Supplement to the account of plague administration in the Bombay Presidency from September 1896 till May 1897
Year: 1896
Disease focus: Plague
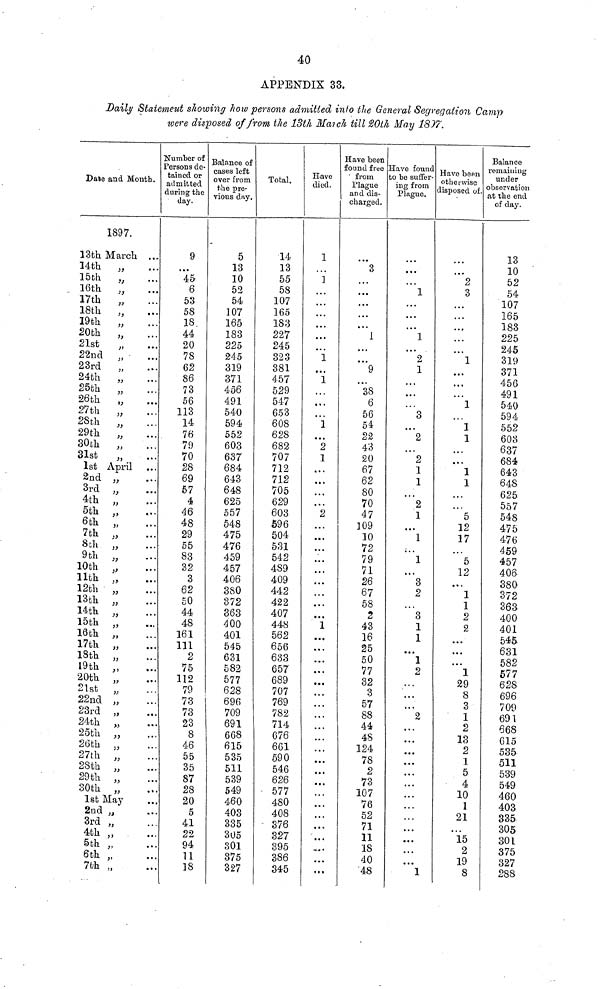
40
APPENDIX 33.
Daily Statement showing how persons admitted into the General Segregation Camp
were disposed of from the 13th March till 20th May 1807.
Dale and Month.
1897.
13th March
14th
„
15th
„
16th
„
17th
„
18th
„
19th
„
20th
,,
21st
„
22nd „
23rd
„
24th
„
25th
„
26th
„
27th
„
28th
,,
29th
„
30th
„
31st
,,
1st April
2nd ,,
3rd ,,
4th „
5th ,,
6th „
7th „
8th ,,
9th „
10th ,,
11th ,,
12th „
13th „
14th „
15th ,,
16th „
17th ,,
18th „
19th „
20th „
21st
„
22nd „
23rd „
24th „
25th ,,
26th „
27th „
28th „
29th „
30th ,,
1st May
2nd „
3rd „
4th „
5th „
6th „
7th „
...
...
• • •
...
• • •
• • •
• • •
...
...
...
...
...
...
...
• • •
• • •
...
...
• • •
...
• • •
...
...
...
...
...
• • •
...
...
...
• • •
• • •
...
• • •
• • •
...
...
Number of
Persons de-
tained or
admitted
daring the
day.
9
• • •
45
6
53
58
18.
44
20
78
62
86
73
56
113
14
76
79
70
28
69
57
4
46
48
29
55
83
32
3
62
50
44
48
161
111
2
75
112
79
73
73
23
8
46
55
35
87
28
20
5
41
22
94
11
18
Balance of
cases left
over from
the pre-
vious day.
5
13
10
52
54
107
165
183
225
245
319
371
456
491
540
594
552
603
637
684
643
648
625
557
548
475
476
459
457
406
380
372
363
400
401
545
631
582
577
628
696
709
691
668
615
535
511
539
549
460
403
335
305
301
875
327
Total.
14
13
55
58
107
165
183
227
245
323
381
457
529
547
653
608
628
682
707
712
712
705
629
603
596
504
531
542
489
409
442
422
407
448
562
656
633
657
689
707
769
782
714
676
661
590
546
626
577
480
408
376
327
395
386
345
H-ave
died.
1
...
1
...
...
...
...
...
...
i
...
1
...
...
...
1
• • •
2
1
...
...
...
...
2
...
• • •
...
...
...
...
...
• • •
1
...
...
...
• • •
...
...
...
...
• • •
• • •
...
...
...
...
...
...
• • •
...
• • •
Have bean
found free
' from
Plague
and dis-
charged.
3
...
...
...
...
,,.
1
...
9
38
6
56
54
22
43
20
67
62
80
70
47
109
10
72
79
71
26
67
58
2
43
16
25
50
77
32
3
57
88
44
48
124
78
2
73
107
76
52
71
11
18
40
48
Have found
to be suffer-
ing from
Plague.
...
.. .
1
...
...
...
1
...
2
1
...
3
...
2
• • •
2
1
1
...
2
1
...
1
...
1
...
3
2
3
1
1
• • •
1
2
2
...
• • •
1
Have been
otherwise
disposed of.
...
2
3
...
• • •
...
...
l
l
l
1
...
1
1
...
• • •
5
12
17
5
12
1
1
2
2
...
l
29
8
3
1
2
13
2
1
5
4
10
1
21
15
2
19
8
Balance
remaining
under
observation
at the end
of day.
13
10
52
54
107
165
183
225
245
319
371
456
491
540
594
552
603
637
684
643
648
625
557
548
475
476
459
457
406
380
372
363
400
401
545
631
582
577
628
696
709
691
668
615
535
511
539
549
460
403
335
305
301
375
327
288